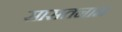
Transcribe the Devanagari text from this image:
सासतनाम